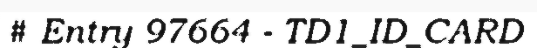
# Entry 97664 - TD1_ID_CARD